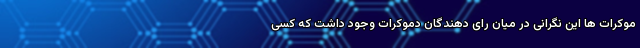
موکرات ها این نگرانی در میان رای دهندگان دموکرات وجود داشت که کسی